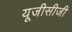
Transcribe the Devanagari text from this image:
यूजीसीजी